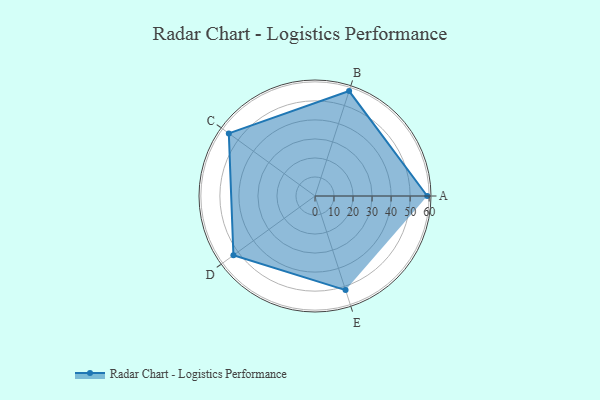
{"axis": {"x": "Skill", "y": "Score"}, "legend": ["Profile"], "data": [{"x": "A", "y": 59.0, "type": "Profile"}, {"x": "B", "y": 58.0, "type": "Profile"}, {"x": "C", "y": 56.0, "type": "Profile"}, {"x": "D", "y": 53.0, "type": "Profile"}, {"x": "E", "y": 52.0, "type": "Profile"}]}